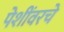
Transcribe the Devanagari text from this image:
पेशींवरचे